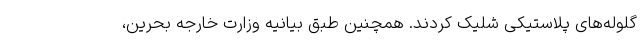
گلوله‌های پلاستیکی شلیک کردند. همچنین طبق بیانیه وزارت خارجه بحرین،